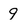
Character: 9